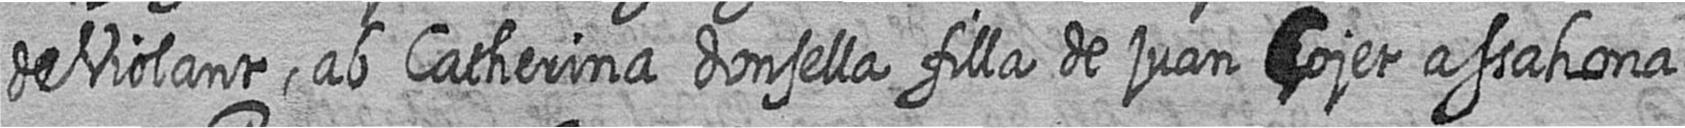
de Violant ab Catherina donsella filla de juan Cojet assahona=